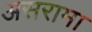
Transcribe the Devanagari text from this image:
असरामा